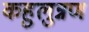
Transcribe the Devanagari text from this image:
कहुलुन्नण